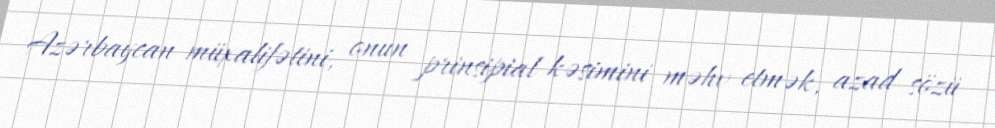
Azərbaycan müxalifətini, onun prinsipial kəsimini məhv etmək, azad sözü